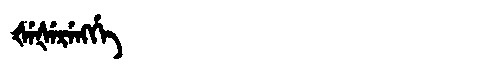
Manchu: ᡧᡝᡧᡝᡵᡝᠩᡤᡝ
Romanization: ŠEŠERENGGE